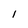
Character: l